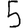
Digit: 5